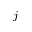
j